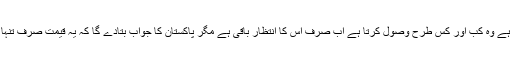
بھارت نے اپنی شرمندگی اور ندامت کی قیمت تو وصول کرنا ہی ہے وہ کب اور کس طرح وصول کرتا ہے اب صرف اس کا انتظار باقی ہے مگر پاکستان کا جواب بتادے گا کہ یہ قیمت صرف تنہا اسی کو نہیں جنوبی ایشیاء کے کئی اور ملکوں کو بھی چکانا ہے۔